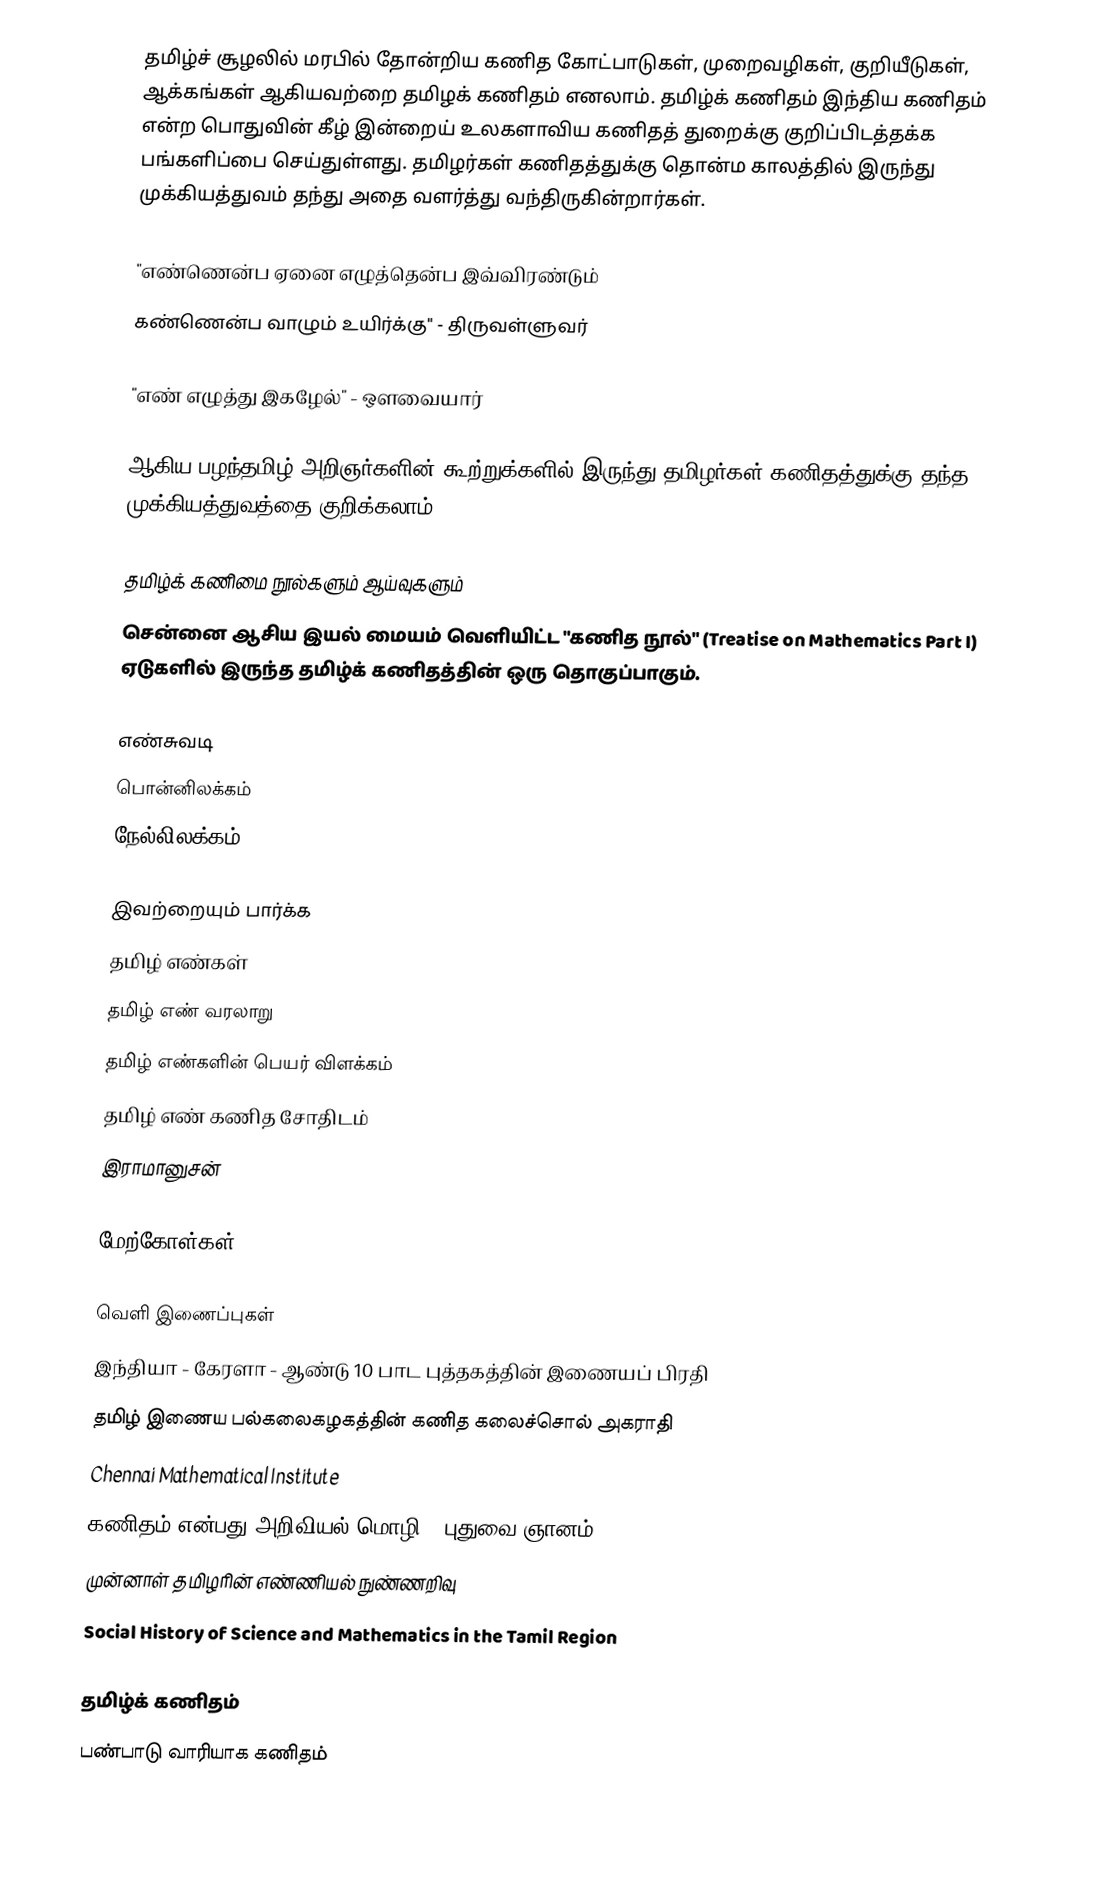
தமிழ்ச் சூழலில் மரபில் தோன்றிய கணித கோட்பாடுகள், முறைவழிகள், குறியீடுகள், ஆக்கங்கள் ஆகியவற்றை தமிழக் கணிதம் எனலாம்.  தமிழ்க் கணிதம் இந்திய கணிதம் என்ற பொதுவின் கீழ் இன்றைய் உலகளாவிய கணிதத் துறைக்கு குறிப்பிடத்தக்க பங்களிப்பை செய்துள்ளது.  தமிழர்கள் கணிதத்துக்கு தொன்ம காலத்தில் இருந்து முக்கியத்துவம் தந்து அதை வளர்த்து வந்திருகின்றார்கள்.

"எண்ணென்ப ஏனை எழுத்தென்ப இவ்விரண்டும்
கண்ணென்ப வாழும் உயிர்க்கு" - திருவள்ளுவர்

"எண் எழுத்து இகழேல்" - ஒளவையார்

ஆகிய பழந்தமிழ் அறிஞர்களின் கூற்றுக்களில் இருந்து தமிழர்கள் கணிதத்துக்கு தந்த முக்கியத்துவத்தை குறிக்கலாம்.

தமிழ்க் கணிமை நூல்களும் ஆய்வுகளும்
சென்னை ஆசிய இயல் மையம் வெளியிட்ட "கணித நூல்" (Treatise on Mathematics Part I) ஏடுகளில் இருந்த தமிழ்க் கணிதத்தின் ஒரு தொகுப்பாகும்.

 எண்சுவடி
 பொன்னிலக்கம்
 நேல்லிலக்கம்

இவற்றையும் பார்க்க
 தமிழ் எண்கள்
 தமிழ் எண் வரலாறு
 தமிழ் எண்களின் பெயர் விளக்கம்
 தமிழ் எண் கணித சோதிடம்
 இராமானுசன்

மேற்கோள்கள்

வெளி இணைப்புகள்
 இந்தியா - கேரளா - ஆண்டு 10 பாட புத்தகத்தின் இணையப் பிரதி
 தமிழ் இணைய பல்கலைகழகத்தின் கணித கலைச்சொல் அகராதி
 Chennai Mathematical Institute
 கணிதம் என்பது அறிவியல் மொழி - புதுவை ஞானம்
 முன்னாள் தமிழரின் எண்ணியல் நுண்ணறிவு
 Social History of Science and Mathematics in the Tamil Region

தமிழ்க் கணிதம்
பண்பாடு வாரியாக கணிதம்